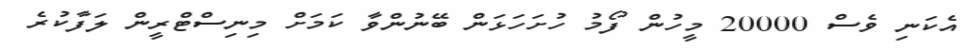
އެކަނި ވެސް 20000 މީހުން ފޯމު ހުށަހަޅަން ބޭނުންވާ ކަމަށް މިނިސްޓްރީން ލަފާކުރެ